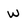
Character: W